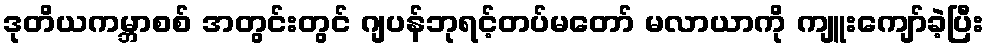
ဒုတိယကမ္ဘာစစ် အတွင်းတွင် ဂျပန်ဘုရင့်တပ်မတော် မလာယာကို ကျူးကျော်ခဲ့ပြီး